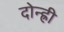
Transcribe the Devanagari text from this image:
दोन्ह्री